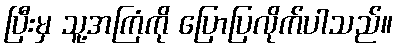
ပြီးမှ သူ့အကြံကို ပြောပြလိုက်ပါသည်။